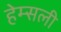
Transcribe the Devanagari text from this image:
हेम्सली